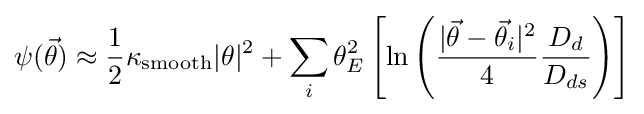
\psi ({\vec {\theta }})\approx {1 \over 2}\kappa _{\rm {smooth}}|\theta |^{2}+\sum _{i}\theta _{E}^{2}\left[\ln \left({|{\vec {\theta }}-{\vec {\theta }}_{i}|^{2} \over 4}{D_{d} \over D_{ds}}\right)\right]